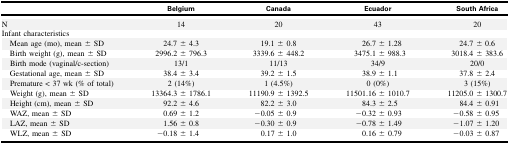
<table><thead><tr><td></td><td><b>Belgium</b></td><td><b>Canada</b></td><td><b>Ecuador</b></td><td><b>South Africa</b></td></tr></thead><tbody><tr><td>N</td><td>14</td><td>20</td><td>43</td><td>20</td></tr><tr><td>Infant characteristics</td><td></td><td></td><td></td><td></td></tr><tr><td> Mean age (mo), mean ± SD</td><td>24.7 ± 4.3</td><td>19.1 ± 0.8</td><td>26.7 ± 1.28</td><td>24.7 ± 0.6</td></tr><tr><td> Birth weight (g), mean ± SD</td><td>2996.2 ± 796.3</td><td>3339.6 ± 448.2</td><td>3475.1 ± 988.3</td><td>3018.4 ± 383.6</td></tr><tr><td> Birth mode (vaginal/c-section)</td><td>13/1</td><td>11/13</td><td>34/9</td><td>20/0</td></tr><tr><td> Gestational age, mean ± SD</td><td>38.4 ± 3.4</td><td>39.2 ± 1.5</td><td>38.9 ± 1.1</td><td>37.8 ± 2.4</td></tr><tr><td> Premature &lt; 37 wk (% of total)</td><td>2 (14%)</td><td>1 (4.5%)</td><td>0 (0%)</td><td>3 (15%)</td></tr><tr><td> Weight (g), mean ± SD</td><td>13364.3 ± 1786.1</td><td>11190.9 ± 1392.5</td><td>11501.16 ± 1010.7</td><td>11205.0 ± 1300.7</td></tr><tr><td> Height (cm), mean ± SD</td><td>92.2 ± 4.6</td><td>82.2 ± 3.0</td><td>84.3 ± 2.5</td><td>84.4 ± 0.91</td></tr><tr><td> WAZ, mean ± SD</td><td>0.69 ± 1.2</td><td>−0.05 ± 0.9</td><td>−0.32 ± 0.93</td><td>−0.58 ± 0.95</td></tr><tr><td> LAZ, mean ± SD</td><td>1.56 ± 0.8</td><td>−0.30 ± 0.9</td><td>−0.78 ± 1.49</td><td>−1.07 ± 1.20</td></tr><tr><td> WLZ, mean ± SD</td><td>−0.18 ± 1.4</td><td>0.17 ± 1.0</td><td>0.16 ± 0.79</td><td>−0.03 ± 0.87</td></tr></tbody></table>